Vaccine operations Central Provinces 1868-1885 - 1868-1885
Year: 1868
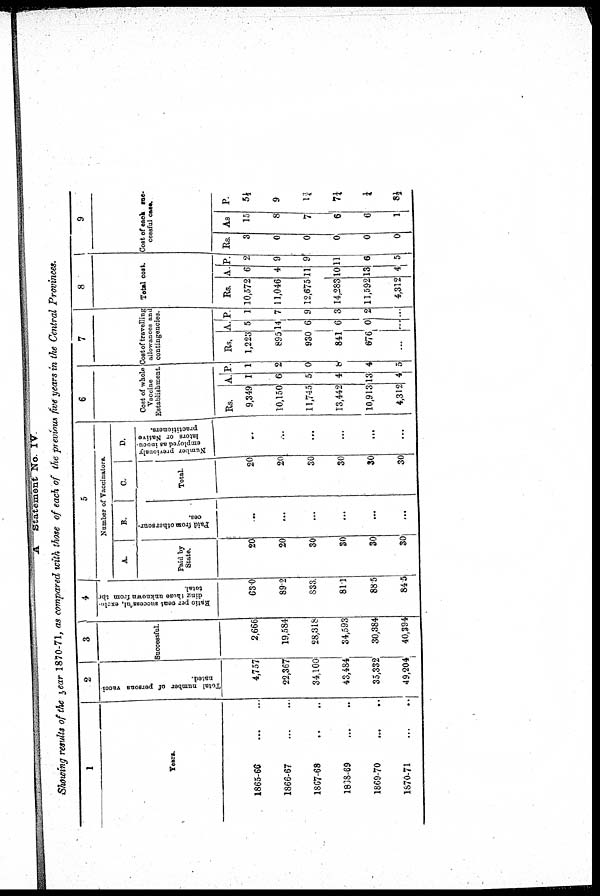
A Statement No. IV.
Showing results of the year 1870-71, as compared with those of each of the previous five years in the Central Provinces.
1
Years.
1865-66 ... ...
1866-67...
...
...
1867-68... ...
1868-69... ...
1869-70
1870-71
2
Total number of persons vacci-
nated.
4,757
22,367
34,100
43,484
35,332
49,204
3
Successful.
2,666
19,584
28,318
34,593
30,384
40,394
4
Ratio per cent successful, exclu-
ding those unknown from the
total.
63.0
89.2
833
81.1
88.5
84.5
5
Number of Vaccinators.
A.
Paid by
State.
20
20
30
30
30
30
B.
Paid from other sour-
ces.
...
...
...
...
...
...
C.
Total.
20
20
30
30
30
30
D.
N
umber previously
employed as inocu-
lators or Native
practitioners.
..
...
...
...
...
...
6
Cost of whole
Vaccine
Establishment.
Rs.
9,349
10,150
11,745
13,442
10,913
4,312
A.
I
6
5
4
13
4
P.
1
2
0
8
4
5
7
Cost of travelling
allowances and
contingencies.
Rs.
1,223
895
930
841
676
...
A.
5
14
6
6
0
...
P.
1
7
9
3
2
...
8
Total cost.
Rs.
10,572
11,046
12,675
14,283
11,592
4,312
A.
6
4
11
10
13
4
P.
2
9
9
11
6
5
9
Cost of each suc-
cessful case.
Rs.
3
0
0
0
0
0
A.
15
8
7
6
6
1
P.
5½
9
1¾
7¼
¼
8½